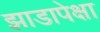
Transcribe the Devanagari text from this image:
झाडापेक्षा